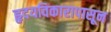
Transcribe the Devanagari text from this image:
हृदयविकारापासून